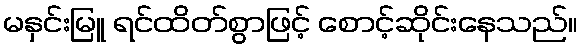
မနှင်းမြူ ရင်ထိတ်စွာဖြင့် စောင့်ဆိုင်းနေသည်။